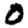
Digit: 0